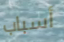
أسباب